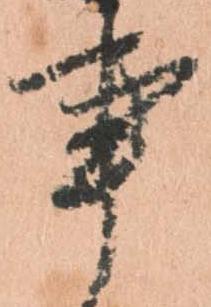
事